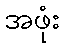
အဖုံး